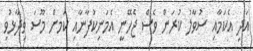
އަދި އެކަމާއި ސުވާލު ކުރަން ވެސް ޖެހޭނީ އެމަނިކުފާނާއި ކަމށް މޫސަ ވިދާޅުވި